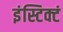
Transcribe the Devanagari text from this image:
इंस्टिक्टं